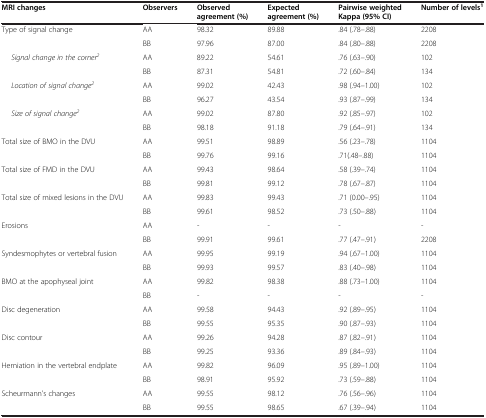
<table><thead><tr><td><b>MRI changes</b></td><td><b>Observers</b></td><td><b>Observed agreement (%)</b></td><td><b>Expected agreement (%)</b></td><td><b>Pairwise weighted Kappa (95% CI)</b></td><td><b>Number of levels<sup>1</sup></b></td></tr></thead><tbody><tr><td rowspan="2">Type of signal change</td><td>AA</td><td>98.32</td><td>89.88</td><td>.84 (.78–.88)</td><td>2208</td></tr><tr><td>BB</td><td>97.96</td><td>87.00</td><td>.84 (.80–.88)</td><td>2208</td></tr><tr><td rowspan="2"><i>Signal change in the corner</i><sup><i>2</i></sup></td><td>AA</td><td>89.22</td><td>54.61</td><td>.76 (.63–.90)</td><td>102</td></tr><tr><td>BB</td><td>87.31</td><td>54.81</td><td>.72 (.60–.84)</td><td>134</td></tr><tr><td rowspan="2"><i>Location of signal change</i><sup><i>2</i></sup></td><td>AA</td><td>99.02</td><td>42.43</td><td>.98 (.94–1.00)</td><td>102</td></tr><tr><td>BB</td><td>96.27</td><td>43.54</td><td>.93 (.87–.99)</td><td>134</td></tr><tr><td rowspan="2"><i>Size of signal change</i><sup><i>2</i></sup></td><td>AA</td><td>99.02</td><td>87.80</td><td>.92 (.85–.97)</td><td>102</td></tr><tr><td>BB</td><td>98.18</td><td>91.18</td><td>.79 (.64–.91)</td><td>134</td></tr><tr><td rowspan="2">Total size of BMO in the DVU</td><td>AA</td><td>99.51</td><td>98.89</td><td>.56 (.23–.78)</td><td>1104</td></tr><tr><td>BB</td><td>99.76</td><td>99.16</td><td>.71(.48–.88)</td><td>1104</td></tr><tr><td rowspan="2">Total size of FMD in the DVU</td><td>AA</td><td>99.43</td><td>98.64</td><td>.58 (.39–.74)</td><td>1104</td></tr><tr><td>BB</td><td>99.81</td><td>99.12</td><td>.78 (.67–.87)</td><td>1104</td></tr><tr><td rowspan="2">Total size of mixed lesions in the DVU</td><td>AA</td><td>99.83</td><td>99.43</td><td>.71 (0.00–.95)</td><td>1104</td></tr><tr><td>BB</td><td>99.61</td><td>98.52</td><td>.73 (.50–.88)</td><td>1104</td></tr><tr><td rowspan="2">Erosions</td><td>AA</td><td>-</td><td>-</td><td>-</td><td>-</td></tr><tr><td>BB</td><td>99.91</td><td>99.61</td><td>.77 (.47–.91)</td><td>2208</td></tr><tr><td rowspan="2">Syndesmophytes or vertebral fusion</td><td>AA</td><td>99.95</td><td>99.19</td><td>.94 (.67–1.00)</td><td>1104</td></tr><tr><td>BB</td><td>99.93</td><td>99.57</td><td>.83 (.40–.98)</td><td>1104</td></tr><tr><td rowspan="2">BMO at the apophyseal joint</td><td>AA</td><td>99.82</td><td>98.38</td><td>.88 (.73–1.00)</td><td>1104</td></tr><tr><td>BB</td><td>-</td><td>-</td><td>-</td><td>-</td></tr><tr><td rowspan="2">Disc degeneration</td><td>AA</td><td>99.58</td><td>94.43</td><td>.92 (.89–.95)</td><td>1104</td></tr><tr><td>BB</td><td>99.55</td><td>95.35</td><td>.90 (.87–.93)</td><td>1104</td></tr><tr><td rowspan="2">Disc contour</td><td>AA</td><td>99.26</td><td>94.28</td><td>.87 (.82–.91)</td><td>1104</td></tr><tr><td>BB</td><td>99.25</td><td>93.36</td><td>.89 (.84–.93)</td><td>1104</td></tr><tr><td rowspan="2">Herniation in the vertebral endplate</td><td>AA</td><td>99.82</td><td>96.09</td><td>.95 (.89–1.00)</td><td>1104</td></tr><tr><td>BB</td><td>98.91</td><td>95.92</td><td>.73 (.59–.88)</td><td>1104</td></tr><tr><td>Scheurmann’s changes</td><td>AA</td><td>99.55</td><td>98.12</td><td>.76 (.56–.96)</td><td>1104</td></tr><tr><td> </td><td>BB</td><td>99.55</td><td>98.65</td><td>.67 (.39–.94)</td><td>1104</td></tr></tbody></table>